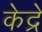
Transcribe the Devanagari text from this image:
केद्रे